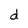
Character: d